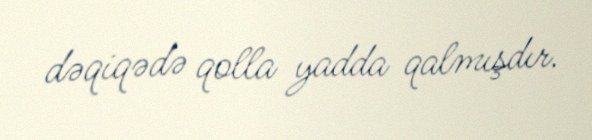
dəqiqədə qolla yadda qalmışdır.